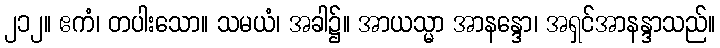
၂၁၂။ ဧကံ၊ တပါးသော။ သမယံ၊ အခါ၌။ အာယသ္မာ အာနန္ဒော၊ အရှင်အာနန္ဒာသည်။